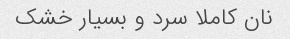
نان کاملا سرد و بسیار خشک